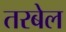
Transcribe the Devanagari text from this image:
तरबेल